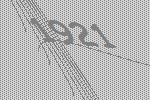
1921